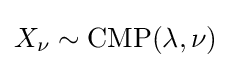
X_{\nu }\sim \mathrm {CMP} (\lambda ,\nu )